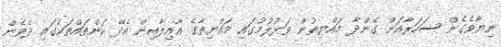
ނިޔާވެގެން ސަހަރާއަށް ގެންދާ މައްޔިތުން ވަޅުލުމުގައި މައްޔިތާގެ ޢާއިލާއިން އެދޭ ކަންތައްތަކުގައި ދެވެން